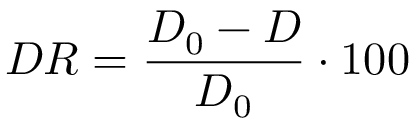
D R = \frac { D _ { 0 } - D } { D _ { 0 } } \cdot 1 0 0 \